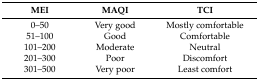
| MEI | MAQI | TCI |
 | --- | --- | --- |
 | 0–50 | Very good | Mostly comfortable |
 | 51–100 | Good | Comfortable |
 | 101–200 | Moderate | Neutral |
 | 201–300 | Poor | Discomfort |
 | 301–500 | Very poor | Least comfort |